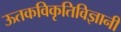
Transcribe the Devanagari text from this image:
ऊतकविकृतिविज्ञानी